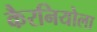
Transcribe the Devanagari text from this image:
कैरनियोला